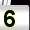
Digit: 5